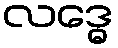
လဒ္ဓေ